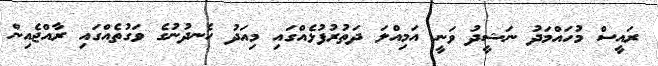
ރައީސް މުހައްމަދު ނަޝީދު ވަނީ އަމިއްލަ ދަތުރުފުޅެއްގައި މިއަދު ހެނދުނުގެ ވަގުތެއްގައި ރާއްޖެއިން